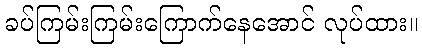
ခပ်ကြမ်းကြမ်းကြောက်နေအောင် လုပ်ထား။